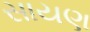
સાયણ